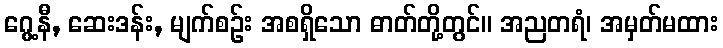
ဂွေ့နီ, ဆေးဒန်း, မျက်စဉ်း အစရှိသော ဓာတ်တို့တွင်။ အညတရံ၊ အမှတ်မထား